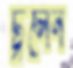
ঢুলেন